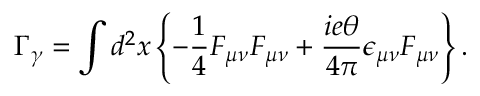
\Gamma _ { \gamma } = \int d ^ { 2 } x \left\{ - \frac { 1 } { 4 } F _ { \mu \nu } F _ { \mu \nu } + \frac { i e \theta } { 4 \pi } \epsilon _ { \mu \nu } F _ { \mu \nu } \right\} .